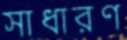
সাধারণ